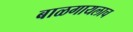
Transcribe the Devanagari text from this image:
बाळगायलाच